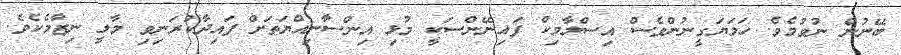
ބޭނުން ނުވުމެވެ. ހަމަޔަގީނުންވެސް އިސްލާމިކް ފައިނޭންސަކީ މުޅި އިންސާނިއްޔަތަށް ފައިދާކުރަނިވި މާލީ ނިޒާމެކެވެ.